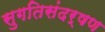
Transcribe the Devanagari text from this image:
सुगतिसंदर्षण